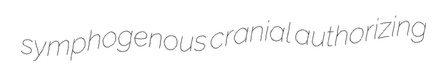
symphogenous cranial authorizing